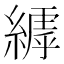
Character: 𮈺